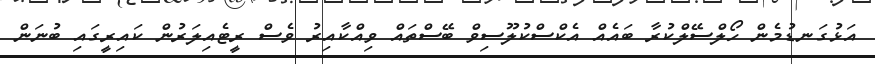
އަޅުގަނޑުމެން ހޯލްސޭލްކުރާ ބައެއް އެކްސްކުލޫސިވް ބޭސްތައް ވިއްކާއިރު ވެސް ރީޓެއިލަރުން ކައިރީގައި ބުނަން